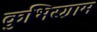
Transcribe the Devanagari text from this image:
कुंभिरग्राम